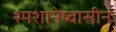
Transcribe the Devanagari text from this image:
श्मशानेष्वासीनः